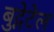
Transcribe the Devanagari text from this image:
बुद्गेटेल